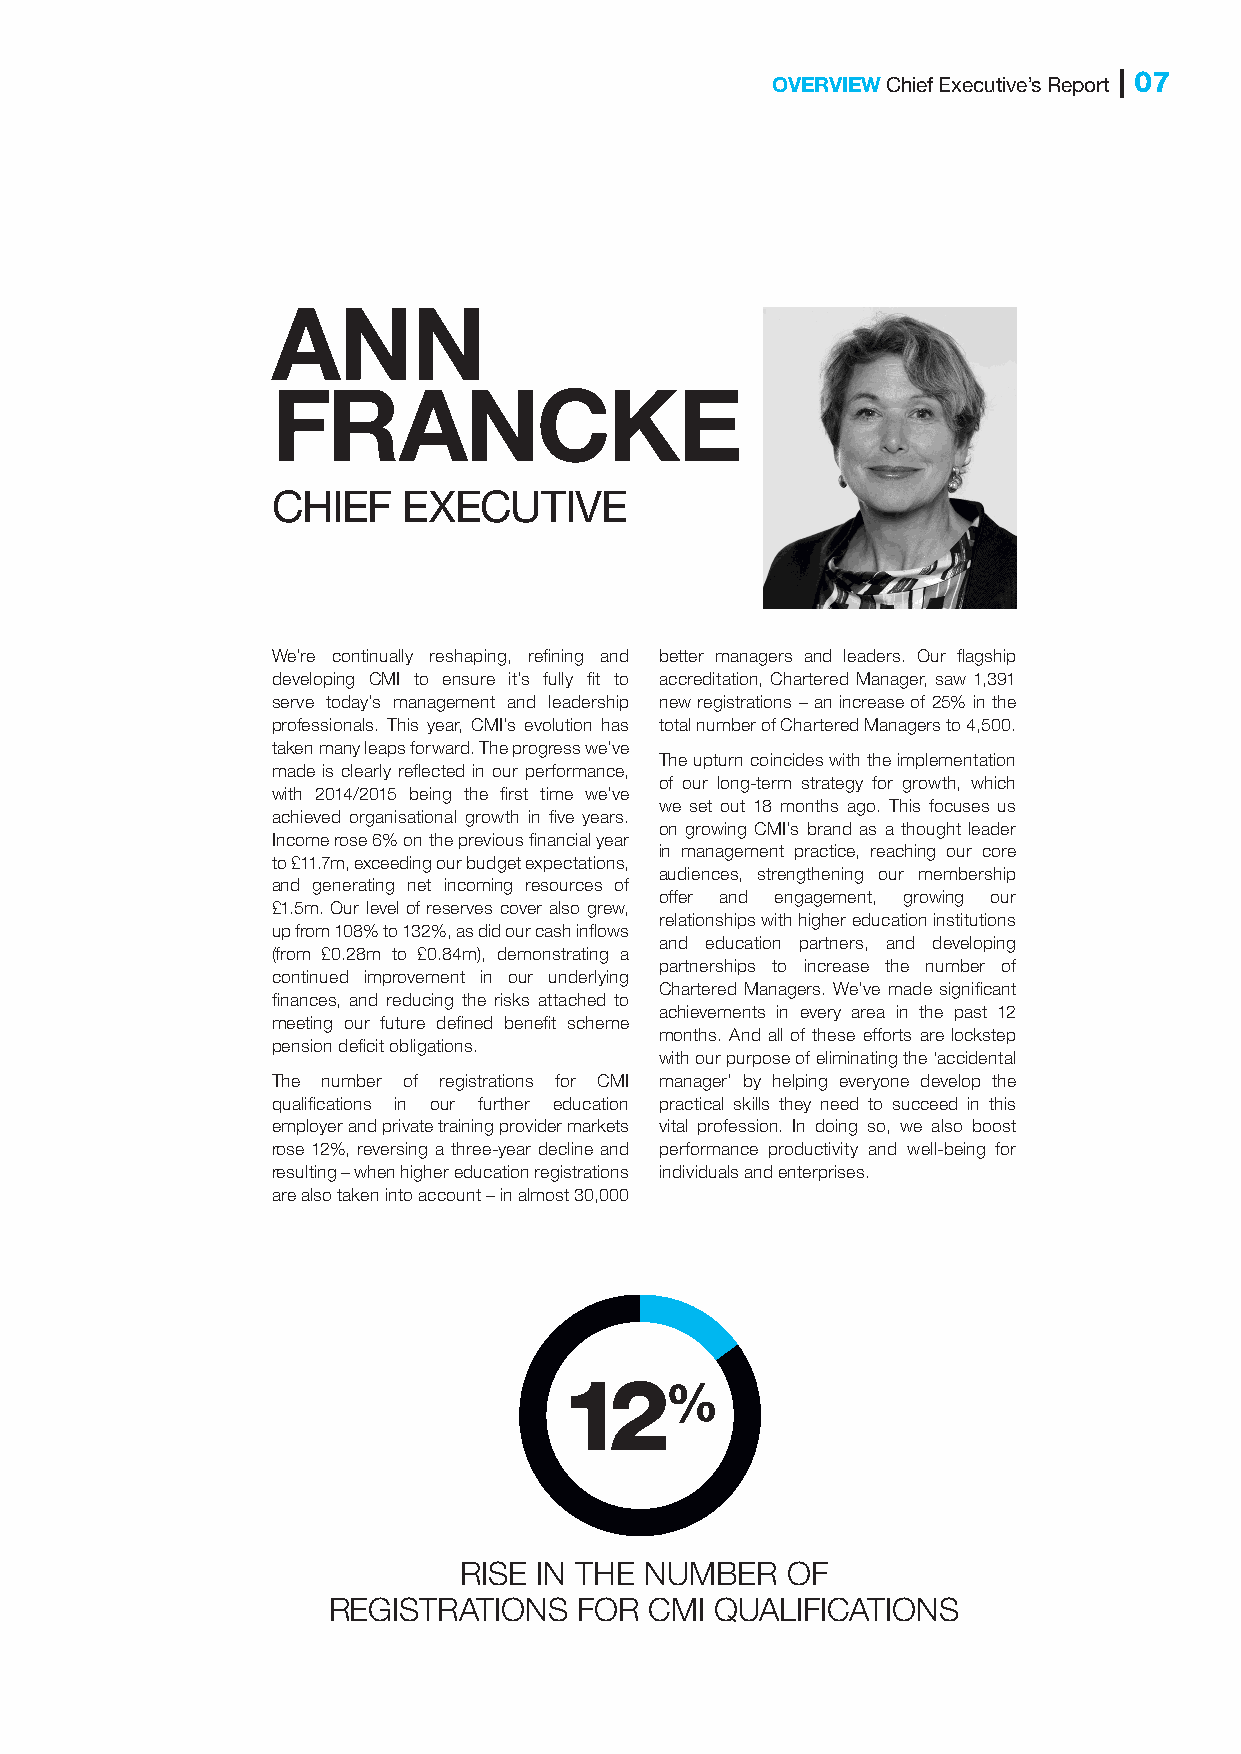
OVERVIEW Chief Executive’s Report | 07
 ANN
 FRANCKE
 CHIEF    EXECUTIVE
 We’re continually reshaping, refining and better managers and leaders. Our flagship
 developing CMI to ensure it’s fully fit to accreditation, Chartered Manager, saw 1,391
 serve today’s management and leadership new registrations – an increase of 25% in the
 professionals. This year, CMI’s evolution has total number of Chartered Managers to 4,500.
 taken many leaps forward. The progress we’ve
 The upturn coincides with the implementation
 made is clearly reflected in our performance,
 of our long-term strategy for growth, which
 with 2014/2015 being the first time we’ve
 we set out 18 months ago. This focuses us
 achieved organisational growth in five years.
 on growing CMI’s brand as a thought leader
 Income rose 6% on the previous financial year
 in management practice, reaching our core
 to £11.7m, exceeding our budget expectations,
 audiences, strengthening our membership
 and generating net incoming resources of
 offer and engagement, growing our
 £1.5m. Our level of reserves cover also grew,
 relationships with higher education institutions
 up from 108% to 132%, as did our cash inflows
 and education partners, and developing
 (from £0.28m to £0.84m), demonstrating a
 partnerships to increase the number of
 continued improvement in our underlying
 Chartered Managers. We’ve made significant
 finances, and reducing the risks attached to
 achievements in every area in the past 12
 meeting our future defined benefit scheme
 months. And all of these efforts are lockstep
 pension deficit obligations.
 with our purpose of eliminating the ‘accidental
 The number of registrations for CMI manager’ by helping everyone develop the
 qualifications in our further education practical skills they need to succeed in this
 employer and private training provider markets vital profession. In doing so, we also boost
 rose 12%, reversing a three-year decline and performance productivity and well-being for
 resulting – when higher education registrations individuals and enterprises.
 are also taken into account – in almost 30,000
 12%
 RISE  IN THE NUMBER   OF
 REGISTRATIONS   FOR  CMI QUALIFICATIONS